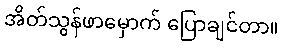
အိတ်သွန်ဖာမှောက် ပြောချင်တာ။